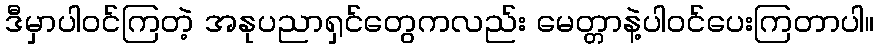
ဒီမှာပါဝင်ကြတဲ့ အနုပညာရှင်တွေကလည်း မေတ္တာနဲ့ပါဝင်ပေးကြတာပါ။